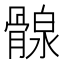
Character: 𩩺